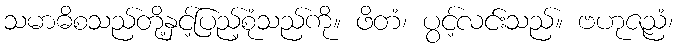
သမာဓိစသည်တို့နှင့်ပြည့်စုံသည်ကို။ ဖိတံ၊ ပွင့်လင်းသည်။ ဗဟုဇညံ၊